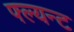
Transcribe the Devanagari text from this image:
फ्ल्यन्ट